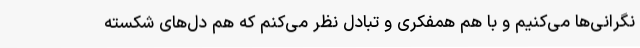
نگرانی‌ها می‌کنیم و با هم همفکری و تبادل نظر می‌کنم که هم دل‌های شکسته